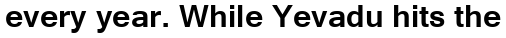
every year. While Yevadu hits the